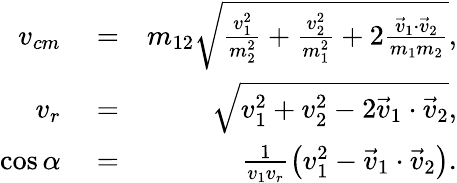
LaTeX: \begin{array}{rlr}{v_{cm}}&{{}=}&{m_{12}\sqrt{\frac{v_{1}^{2}}{m_{2}^{2}}+\frac{v_{2}^{2}}{m_{1}^{2}}+2\frac{\vec{v}_{1}\cdot\vec{v}_{2}}{m_{1}m_{2}}},}\\ {v_{r}}&{{}=}&{\sqrt{v_{1}^{2}+v_{2}^{2}-2\vec{v}_{1}\cdot\vec{v}_{2}},}\\ {\cos\alpha}&{{}=}&{\frac{1}{v_{1}v_{r}}\left(v_{1}^{2}-\vec{v}_{1}\cdot\vec{v}_{2}\right).}\end{array}